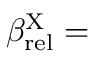
\beta _ { \mathrm { r e l } } ^ { \mathrm { X } } =